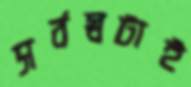
সর্বস্বটাই